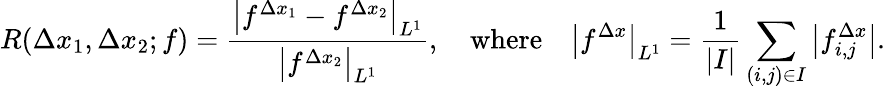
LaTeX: R(\Delta x_{1},\Delta x_{2};f)=\frac{\big|f^{\Delta x_{1}}-f^{\Delta x_{2}}\big|_{L^{1}}}{\big|f^{\Delta x_{2}}\big|_{L^{1}}},\quad\textrm{where}\quad\big|f^{\Delta x}\big|_{L^{1}}=\frac{1}{|I|}\sum_{(i,j)\in I}\big|f_{i,j}^{\Delta x}\big|.